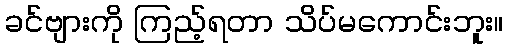
ခင်ဗျားကို ကြည့်ရတာ သိပ်မကောင်းဘူး။